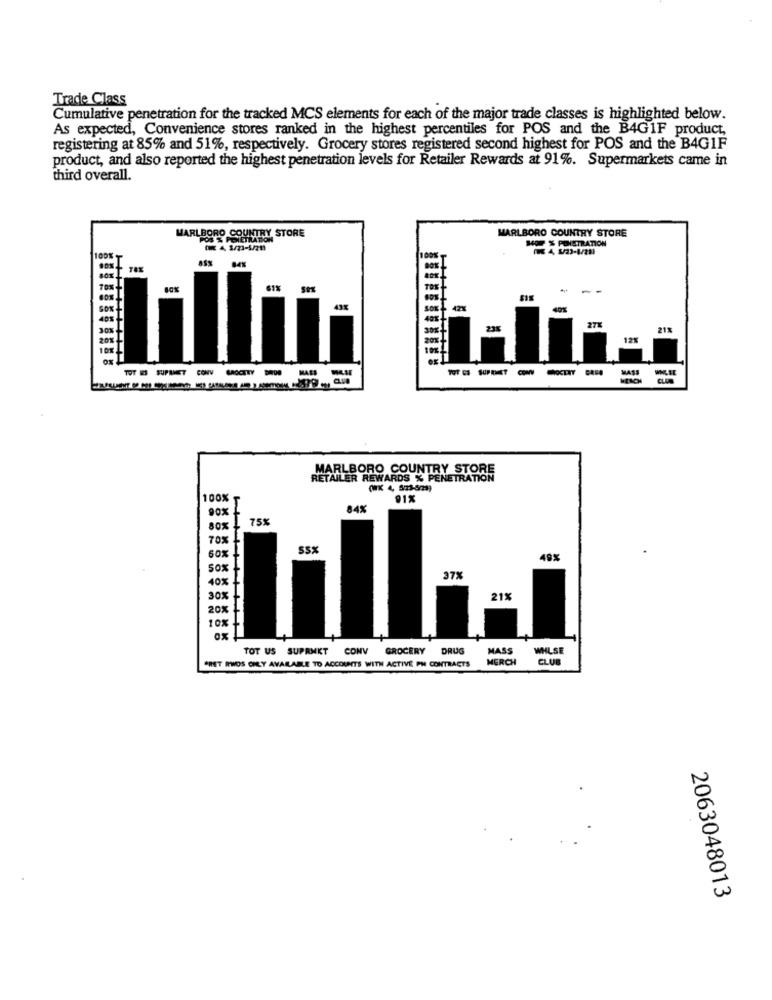
Trade Class
Cumulative penetration for the tracked MCS elements for each of the major trade classes is highlighted below.
As expected, Convenience stores ranked in the highest percentiles for POS and the B4G1F product,
registering at 85% and 51%, respectively. Grocery stores registered second highest for POS and the B4G1F
product, and also reported the highest penetration levels for Retailer Rewards at 91%. Supermarkets came in
third overall.
MARLBORO COUNTRY STORE
MARLBORO COUNTRY STORE
HOF % PONISTRATION
4 3/23-4/219
4, 123-1/211
II
42%
40%
30%
21%
20%
121
MAE
TOT GS SUPRIT
MARLBORO COUNTRY STORE
RETAILER REWARDS % PENETRATION
100%
91%
90%
84%
80x 1 75%
70%
60% !
SSX
49%
40% -
37%
30%
21%
20% 1
10%
ox L
TOT US SUPRMKT CONV GROCERY
DRUG
MASS
WHLSE
MERCH
CLUB
*HET RTHOS ONLY AVAILABLE TO ACCOUNTS WITH ACTIVE PN CONTRACTS
2063048013